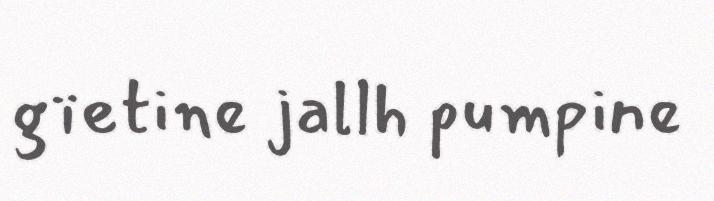
gïetine jallh pumpine